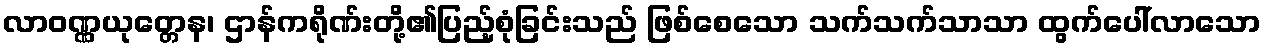
လာဝဏ္ဏယုတ္တေန၊ ဌာန်ကရိုဏ်းတို့၏ပြည့်စုံခြင်းသည် ဖြစ်စေသော သက်သက်သာသာ ထွက်ပေါ်လာသော